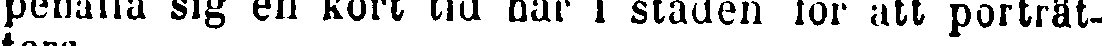
pehålla sig en kort tid här i staden för att porträt-